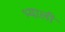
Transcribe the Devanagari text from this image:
भ्याली